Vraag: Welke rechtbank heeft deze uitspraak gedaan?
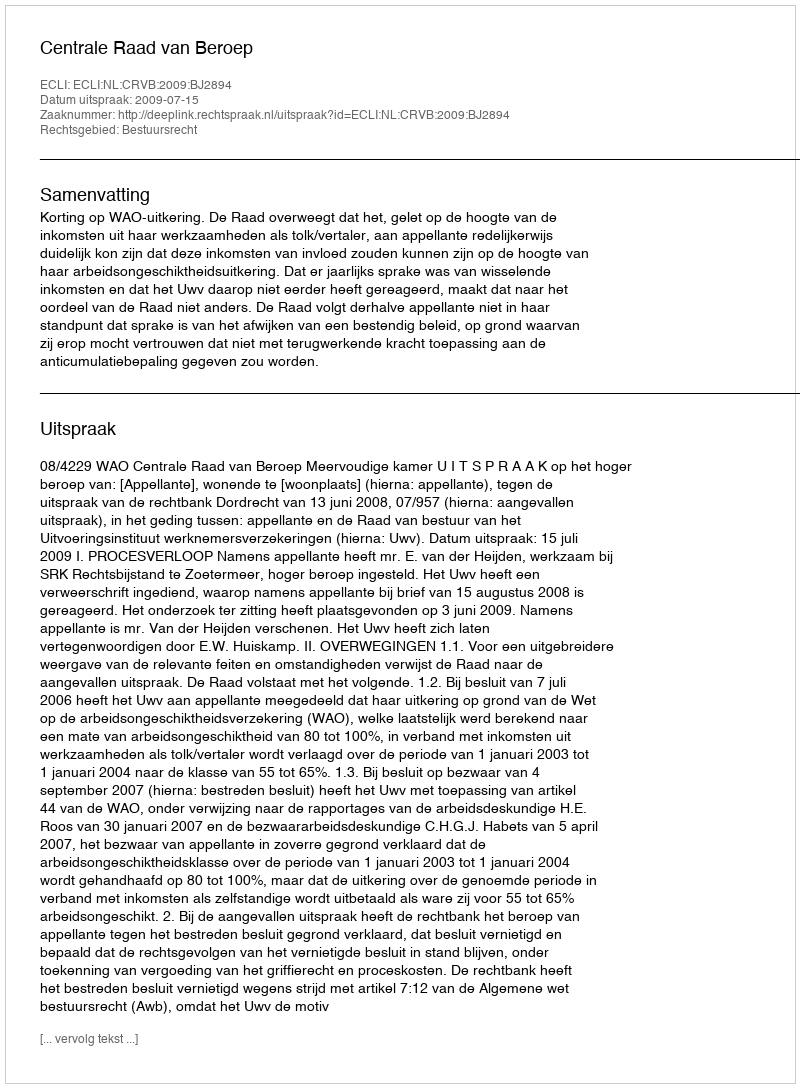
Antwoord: Centrale Raad van Beroep